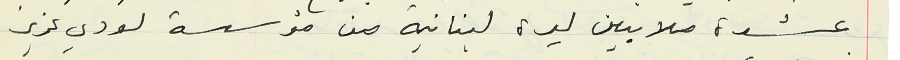
عشرة ملايين ليرة لبنانية من مؤسسة لودي عزيز